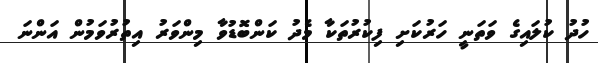
ހުދު ކުލައިގެ ވަތަނީ ހަރުކަށި ފިކުރުތަކާ މެދު ކަންބޮޑުވާ މިންވަރު އިތުރުވަމުން އަންނަ